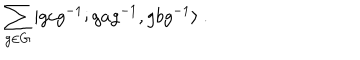
\sum _ { g \in G } | g c g ^ { - 1 } ; g a g ^ { - 1 } , g b g ^ { - 1 } \rangle ~ .